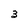
Character: 3